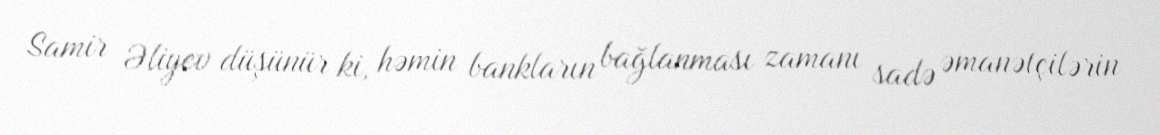
Samir Əliyev düşünür ki, həmin bankların bağlanması zamanı sadə əmanətçilərin